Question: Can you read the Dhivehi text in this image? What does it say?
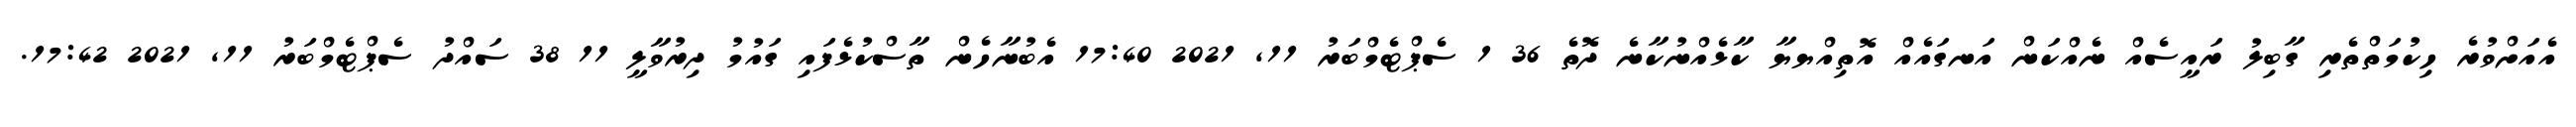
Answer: އެއަށްވުރެ ހިކުމަތްތެރި ގާބިލު ރައީސެއް ނެއްކަން އަނގައެއް އޮތިއްޔޔާ ކާޅެއްނުކާނެ ދޮތެ 36 1 ސެޕްޓެމްބަރު 11, 2021 17:40 އެބުނާހެން ތާސްކުޅެފައި ގައުމު ދިރުވާލީ 11 38 ސައްދު ސެޕްޓެމްބަރު 11, 2021 17:42.